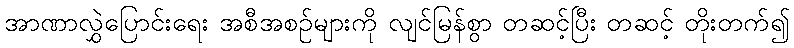
အာဏာလွှဲပြောင်းရေး အစီအစဉ်များကို လျင်မြန်စွာ တဆင့်ပြီး တဆင့် တိုးတက်၍